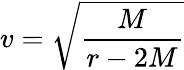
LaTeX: v={\sqrt{\frac{M}{r-2M}}}